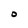
Character: O